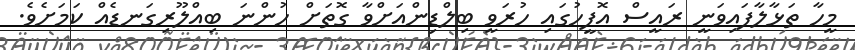
މީހާ ތަޅާލާފައިވަނީ ރައީސް އޮފީހުގައި ހުރަވީ ބިލްޑިންއަށްވާ ގޮތަށް ހުންނަ ބިއްލޫރިގަނޑެއް ކަމަށެވެ.